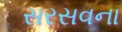
સરસવના